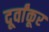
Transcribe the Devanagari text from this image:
दूर्वांकूर